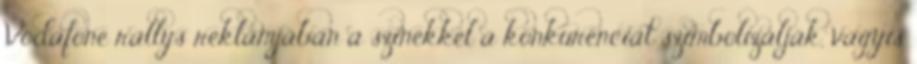
Vodafone rallys reklámjában a színekkel a konkurenciát szimbolizálják, vagyis